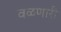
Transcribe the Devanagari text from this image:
वळणारी